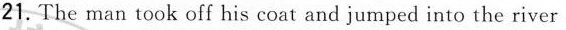
21.The man took off his coat and jumped into the river